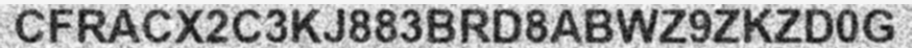
CFRACX2C3KJ883BRD8ABWZ9ZKZD0G